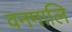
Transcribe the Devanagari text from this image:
वनमालि